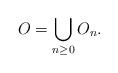
LaTeX: \begin{align*}O = \bigcup_{n \geq 0} O_n.\end{align*}